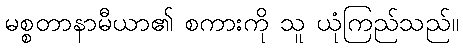
မစ္စတာနာမီယာ၏ စကားကို သူ ယုံကြည်သည်။